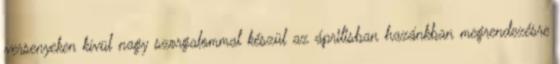
versenyeken kívül nagy szorgalommal készül az áprilisban hazánkban megrendezésre